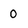
Character: 0